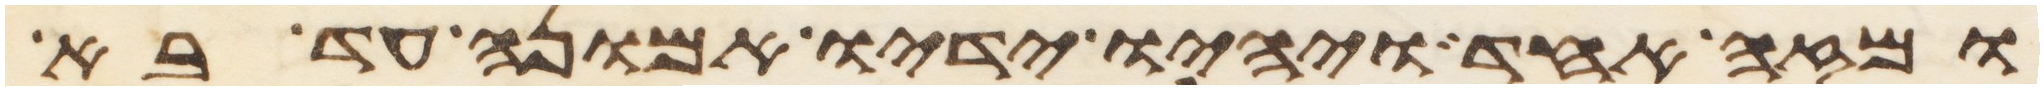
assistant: ומזה אחד ויהיו ידיו אמונה עד בא